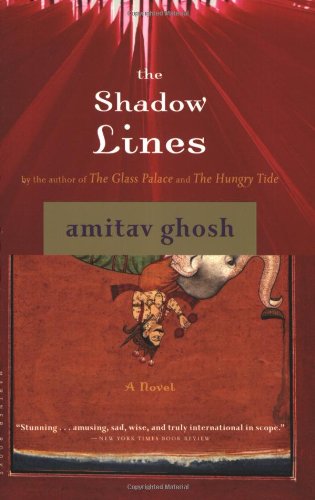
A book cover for The Shadow Lines: A Novel; Amitav Ghosh; Literature & Fiction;